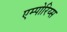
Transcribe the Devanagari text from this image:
एम्पोरिय्स